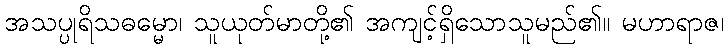
အသပ္ပုရိသဓမ္မော၊ သူယုတ်မာတို့၏ အကျင့်ရှိသောသူမည်၏။ မဟာရာဇ၊